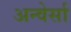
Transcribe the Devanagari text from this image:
अन्वेर्सा